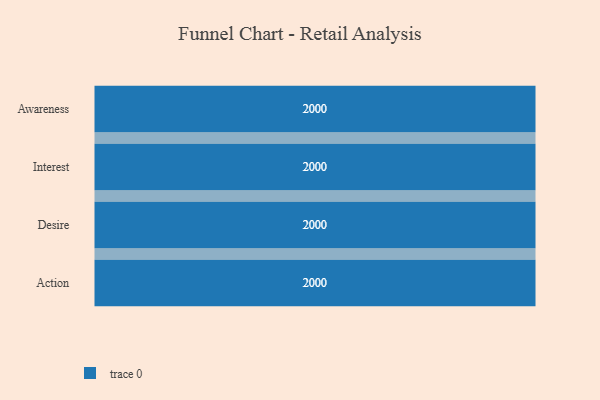
{"axis": {"x": "Stage", "y": "Value"}, "legend": [""], "data": [{"x": "Awareness", "y": 2000, "type": ""}, {"x": "Interest", "y": 2000, "type": ""}, {"x": "Desire", "y": 2000, "type": ""}, {"x": "Action", "y": 2000, "type": ""}]}